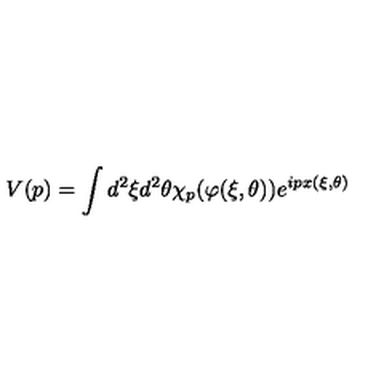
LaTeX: V ( p ) = \int d ^ { 2 } \xi d ^ { 2 } \theta \chi _ { p } ( \varphi ( \xi , \theta ) ) e ^ { i p x ( \xi , \theta ) }